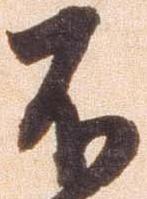
不